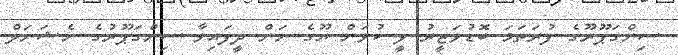
ސިންގަޕޫރޫގެ ފުރަތަމަ ބޮޑުވަޒީރު ލީ ކުވަން ޔޫގެ ނަން ދީފައިވާ ސިންގަޕޫރުގެ ނެޝަނަލް